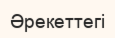
Әрекеттегі